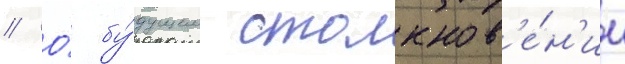
// О́ бу́дущем столкнов'е́н'ии